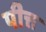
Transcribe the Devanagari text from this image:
पीत्त